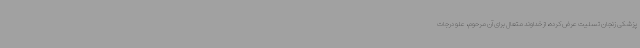
پزشکی زنجان تسلیت عرض کرده، از خداوند متعال برای آن مرحوم، علو درجات